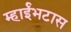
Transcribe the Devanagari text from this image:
म्हाईंभटास